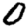
Digit: 0